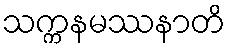
သက္ကနမဿနာတိ